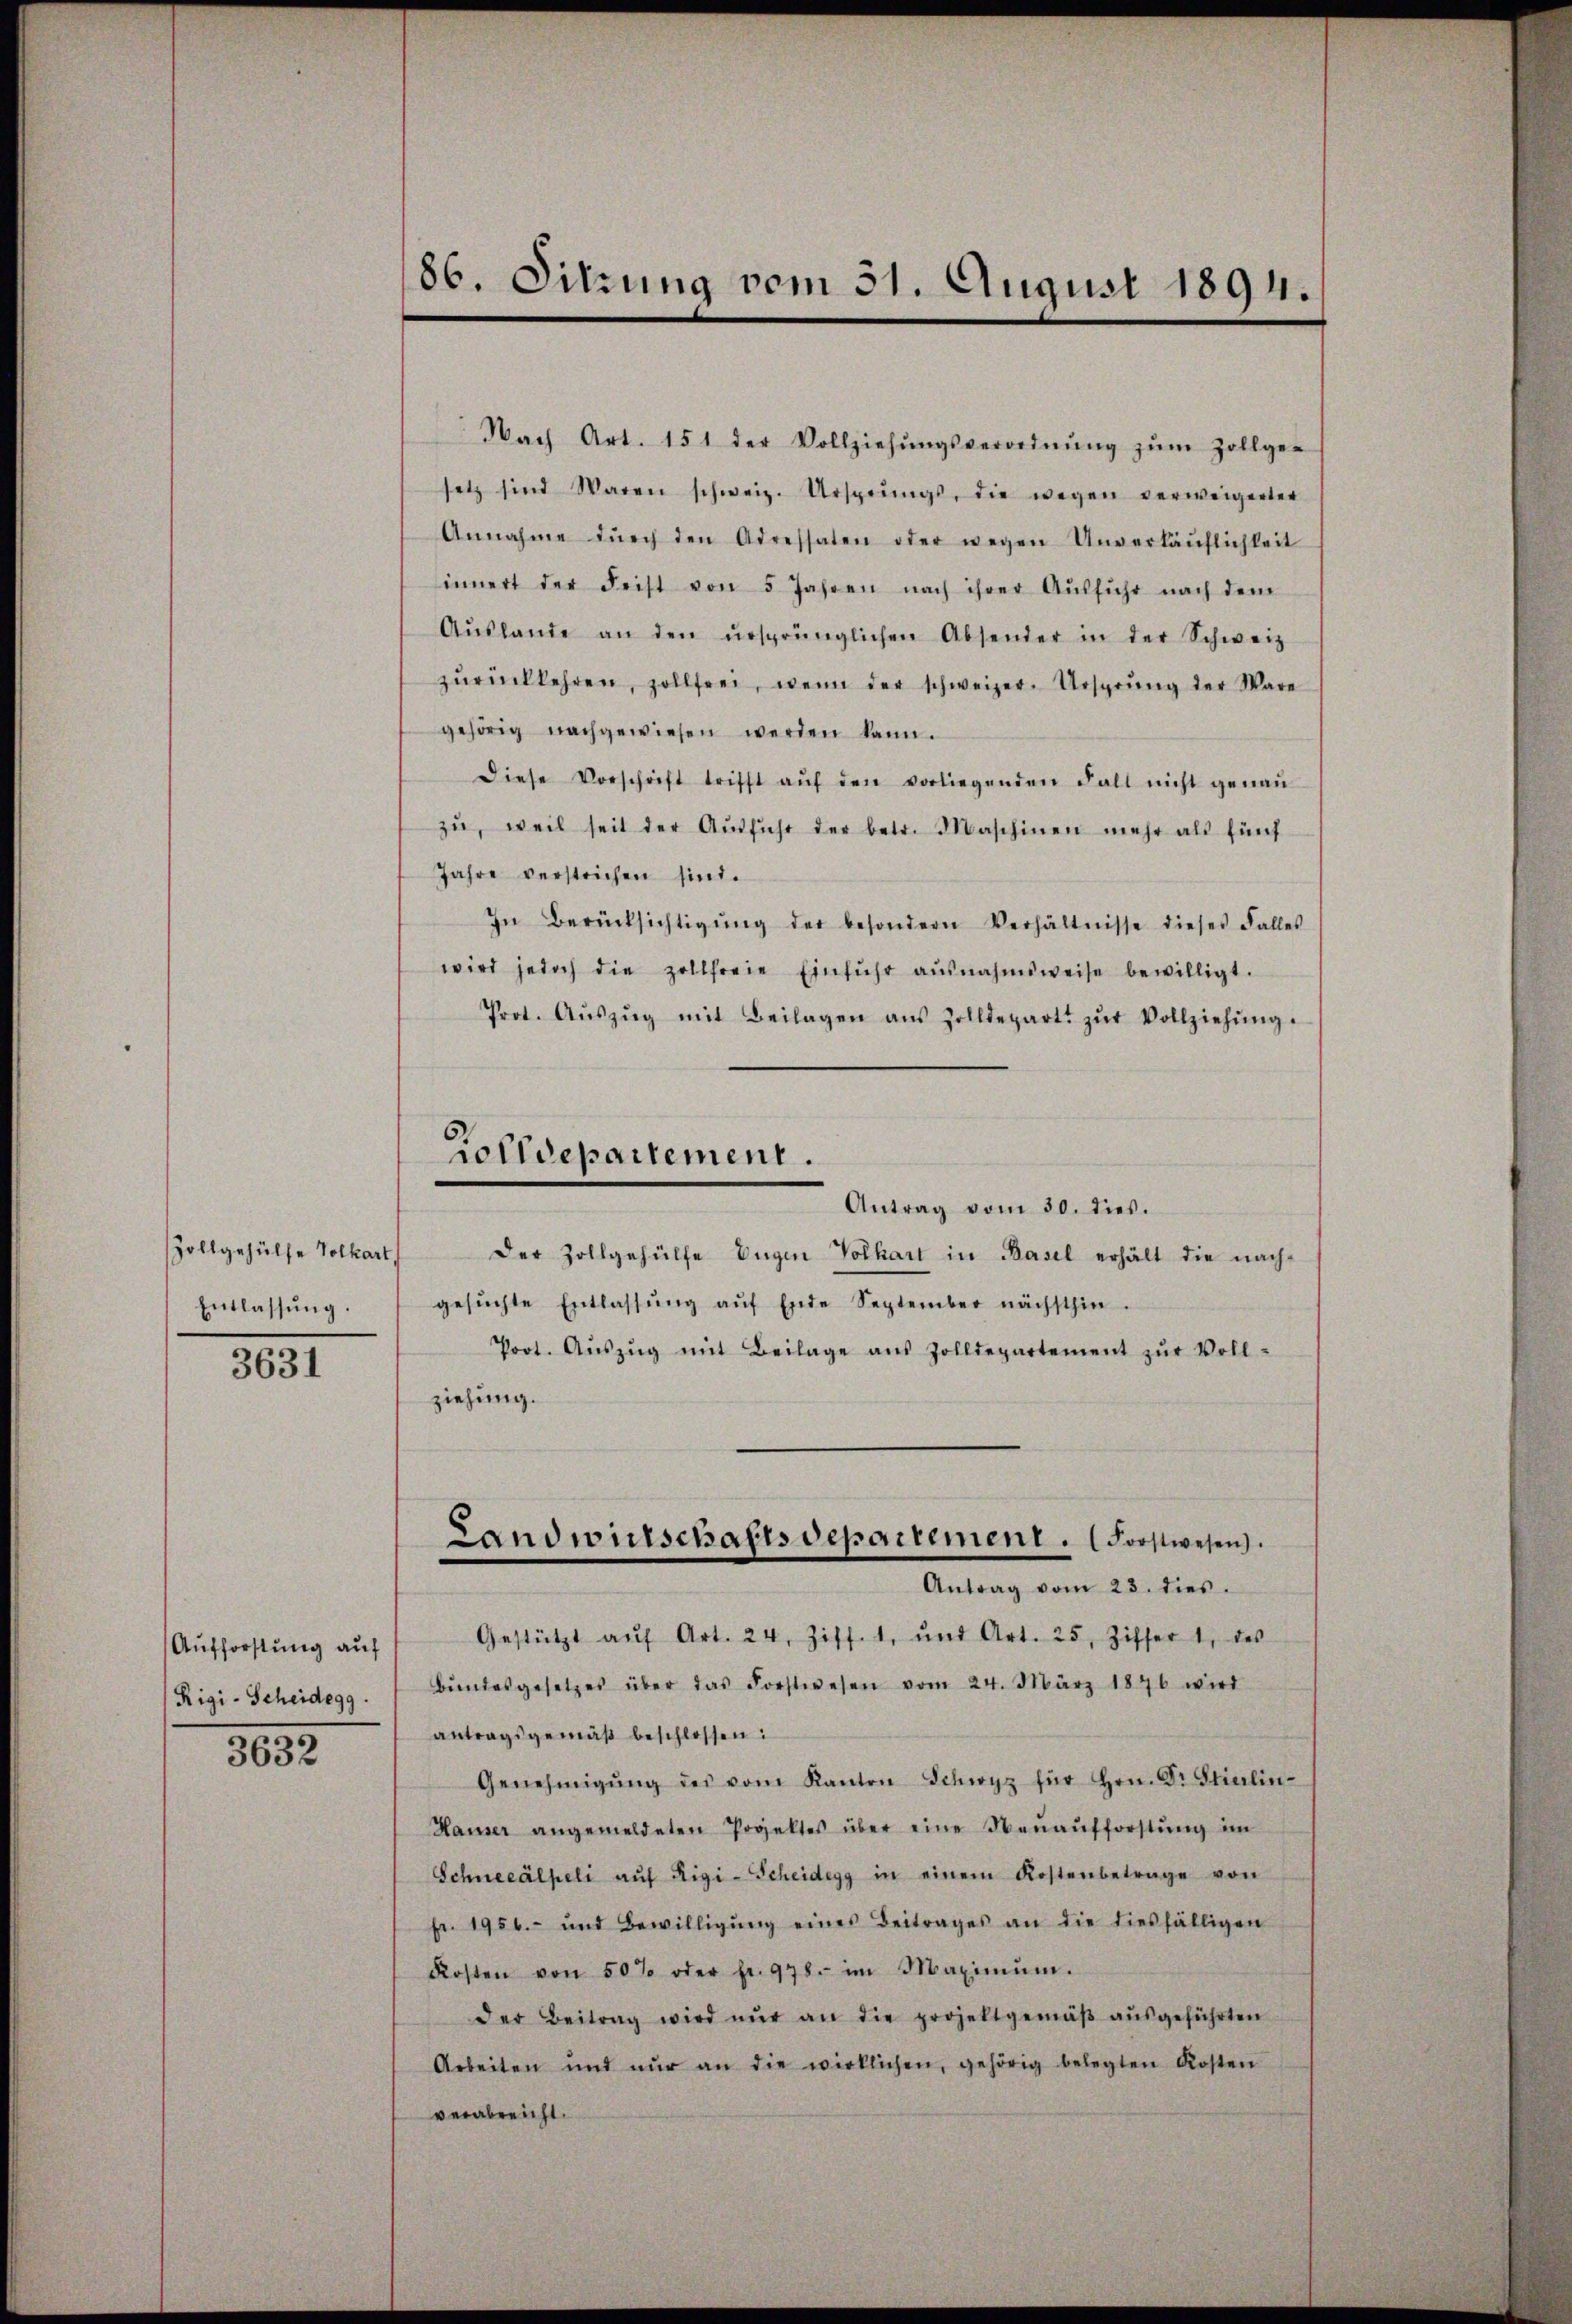
Zollgehülfe Volkart
Entlassung.

3631

Aufforstung auf
Rigi-Scheidegg.

3632

86. Sitzung vom 31. August 1894.

Nach Art. 151 der Vollziehŭngsverordnŭng zŭm Zollge-
setz sind Waren schweiz. Ursprŭngs, die wegen verweigerter
Annahme dŭrch den Adressaten oder wegen Unverkäŭflichkeit
innert der Frist von 5 Jahren nach ihrer Aŭsführ nach dem
Aŭslande an den ursprünglichen Absender in der Schweiz
zŭrückkehren, zollfrei, wenn der schweizer-Ursprung der Ware
gehörig nachgewiesen werden kann.
Diese Vorschrift trifft aŭf den vorliegenden Fall nicht genaŭ
zŭ, weil seit der Aŭsführ der betr. Maschinen mehr als fünf
Jahre verstrichen sind.
In Berücksichtigŭng der besondern Verhältnisse dieses Falles
wird jedoch die zollfreie Einfuhr ausnahmsweise bewilligt.
Prot. Aŭszŭg mit Beilagen aŭs Zolldepart zŭr Vollziehŭng.
rolldepartement.
Antrag vom 30. dies.
Der Zollgehülfe Eugen Volkart in Basel erhält die nachgesŭchte Entlassŭng aŭf Ende September nächsthin-
Poot. Aŭszŭg mit Beilage aus Zolldepartement zŭr Voll-
ziehung.

Landwirtschaftsdepartement. (Forstwesen.

Antrag vom 23. dies.
Gestützt aŭf Art. 24, Ziff. 1, und Art. 25, Ziffer 1, des
Bŭndesgesetzes über das Forstwesen vom 24. März 1876 wird
antragsgemäβ beschlossen:
Genehmigŭng des vom Kanton Schwyz für Hrn. Dr Stierlin-
Hauser angemeldeten Popeltes über eine Neuaufforstŭng im
Schneeälpeli aŭf Rigi-Scheidegg in einem Kostenbetrage von
Fr. 1950.- und Bewilligŭng eines Beitrages an die diesfälligen
Kosten von 50% oder Fr. 978. im Maximŭm.
der Beitrag wird nŭr an die projektgemäβ aŭsgeführten
Arbeiten und nŭr an die wirklichen, gehörig belegten Kosten
verabreicht.